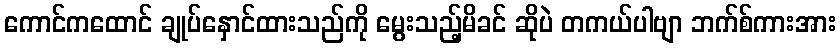
ကောင်ကထောင် ချုပ်နှောင်ထားသည်ကို မွေးသည့်မိခင် ဆိုပဲ တကယ်ပါဗျာ ဘက်စ်ကားအား